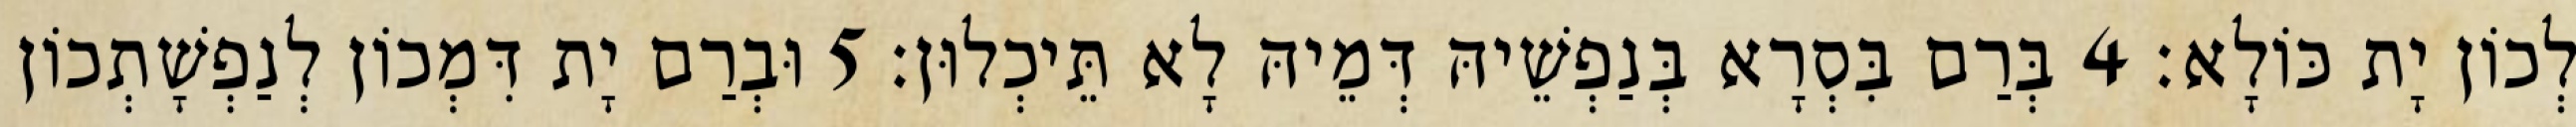
לְכוֹן יָת כּוֹלָא׃ 4 בְּרַם בִּסְרָא בְּנַפְשֵׁיהּ דְּמֵיהּ לָא תֵּיכְלוּן׃ 5 וּבְרַם יָת דִּמְכוֹן לְנַפְשָׁתְכוֹן